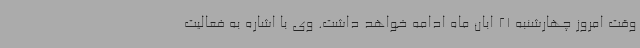
وقت امروز چهارشنبه 21 ابان ماه ادامه خواهد داشت. وی با اشاره به فعالیت